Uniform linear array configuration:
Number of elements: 64
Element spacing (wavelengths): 0.5
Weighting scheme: uniform
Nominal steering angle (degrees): -45
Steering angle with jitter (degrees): -45.119
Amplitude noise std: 0.05
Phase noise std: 0.05

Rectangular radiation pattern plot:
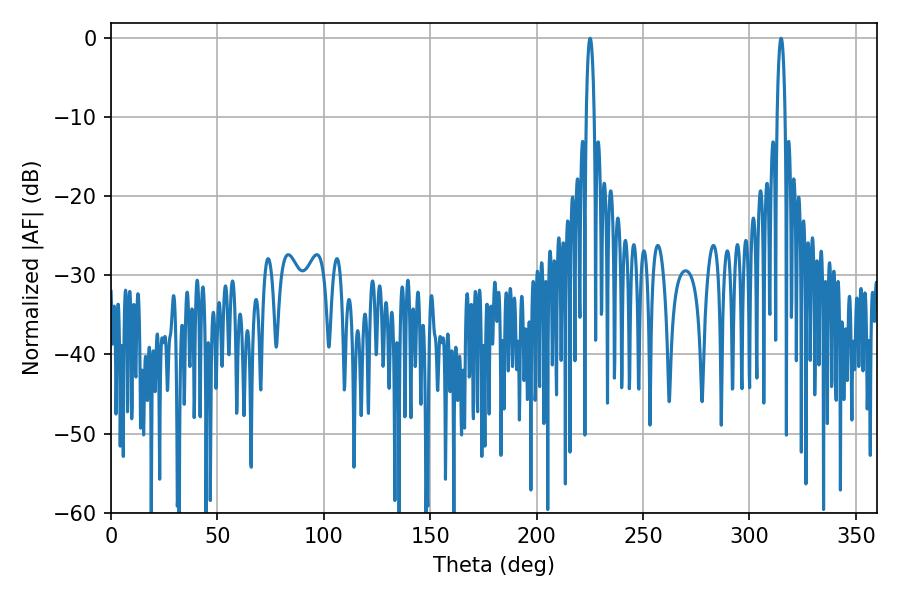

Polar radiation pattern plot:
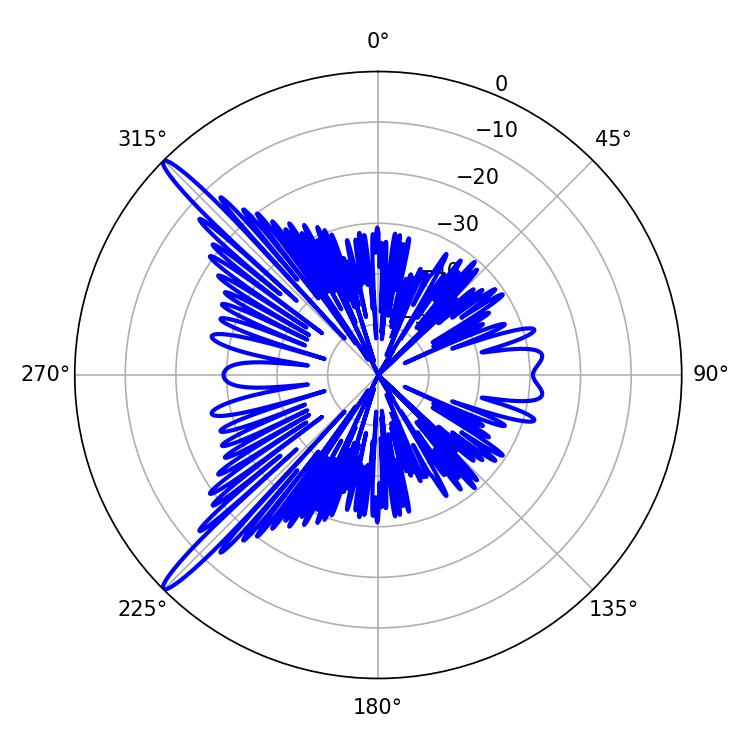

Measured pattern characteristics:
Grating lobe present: FALSE
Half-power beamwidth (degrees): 2.16
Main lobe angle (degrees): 314.82